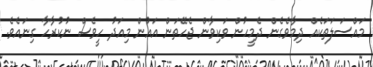
މައްސަލަތަކެއް ދިމާވެގެން ދެމީހުން ވަކިވާން ޖެހޭތަން އައުން މިއަދު ހީވެސް ނުކުރާހާ ގިނައެވެ.